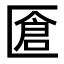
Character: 𠥐